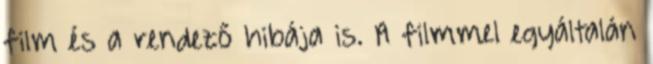
film és a rendező hibája is. A filmmel egyáltalán